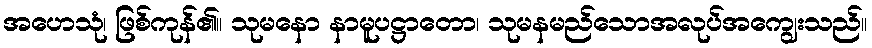
အဟေသုံ၊ ဖြစ်ကုန်၏။ သုမနော နာမူပဋ္ဌာတော၊ သုမနမည်သောအလုပ်အကျွေးသည်။